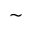
\sim